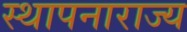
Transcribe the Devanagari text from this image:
स्थापनाराज्य